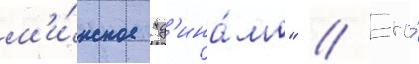
м'и́нское "д'ина́мо" // Его́